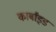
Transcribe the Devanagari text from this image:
कार्बांइड